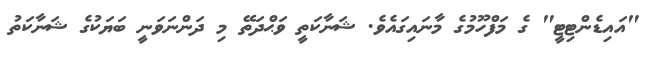
"އައިޑެންޓިޓީ" ގެ މަފްހޫމުގެ މާނައިގައެވެ. ޝަނާކަތީ ވަޙްދަތޭ މި ދަންނަވަނީ ބަޔަކުގެ ޝަނާކަތު